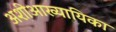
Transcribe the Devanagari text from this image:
अशीआख्यायिका